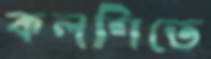
কলশিতে